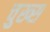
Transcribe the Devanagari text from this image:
चुख्स